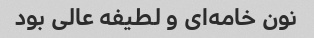
نون خامه‌ای و لطیفه عالی بود